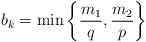
\begin{align*}{{b}_{k}}=\min \left\{ \frac{{{m}_{1}}}{q},\frac{{{m}_{2}}}{p} \right\}\end{align*}